Annual statistical returns and brief notes on vaccination in Bengal - 1896-1909
Year: 1896
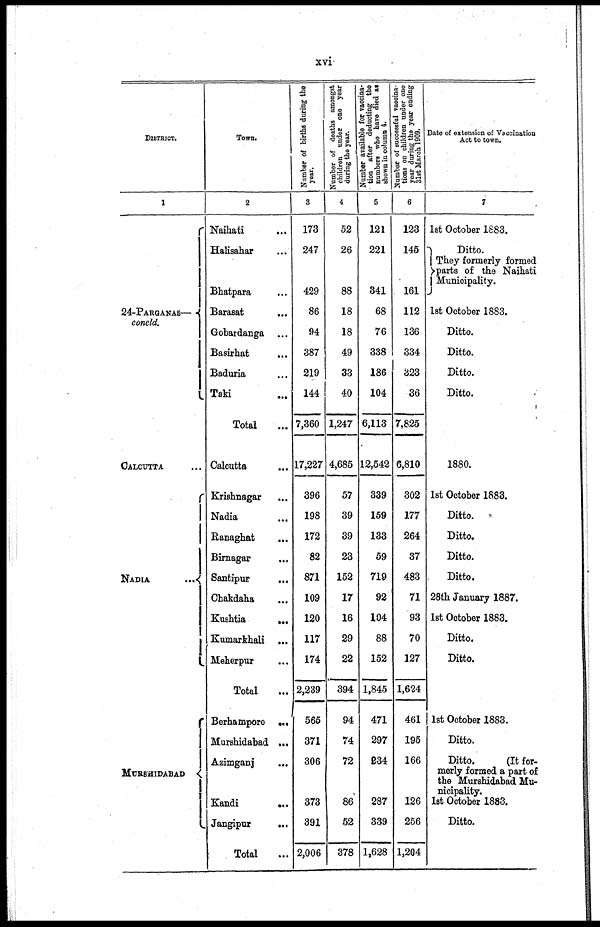
xvi
DISTRICT.
1
24-PARGANAS—
concld.
CALCUTTA ...
NADIA
...
MURSHIDABAD
Town.
2
Naihati ...
Halisahar ...
Bhatpara ...
Barasat ...
Gobardanga ...
Basirhat ...
Baduria ...
Taki ...
Total ...
Calcutta ...
Krishnagar ...
Nadia ...
Ranaghat ...
Birnagar ...
Santipur ...
Chakdaha ...
Kushtia
...
Kumarkhali ...
Meherpur ...
Total ...
Berhampore ...
Murshidabad ...
Azimganj ...
Kandi
...
Jangipur
...
Total ...
Number of births during the
year.
3
173
247
429
86
94
387
219
144
7,360
17,227
396
198
172
82
871
109
120
117
174
2,239
565
371
306
373
391
2,006
Number of deaths amongst
children under one year
during the year.
4
52
26
88
18
18
49
33
40
1,247
4,685
57
39
39
23
152
17
16
29
22
394
94
74
72
86
52
378
Number available for vaccina-
tion after deducting the
numbers who have died as
shown in column 4.
5
121
221
341
68
76
338
186
104
6,113
12,542
339
159
133
59
719
92
104
88
152
1,845
471
297
234
287
339
1,628
Number of successful vaccina¬
tions on children under one
year during the year ending
31st March 1909.
6
123
145
161
112
136
334
323
36
7,825
6,810
302
177
264
37
483
71
93
70
127
1,624
461
195
166
126
256
1,204
Date of extension of Vaccination
Act to town.
7
1st October 1883.
Ditto.
They formerly formed
parts of the Naihati
Municipality.
1st October 1883.
Ditto.
Ditto.
Ditto.
Ditto.
1880.
1st October 1883.
Ditto.
Ditto.
Ditto.
Ditto.
28th January 1887.
1st October 1883.
Ditto.
Ditto.
1st October 1883.
Ditto.
Ditto.
(It for-
merly formed a part of
the Murshidabad Mu-
nicipality.
1st October 1883.
Ditto.